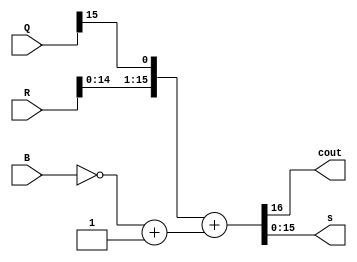
`timescale 1ns / 1ps
//////////////////////////////////////////////////////////////////////////////////
// Company: 
// Engineer: 
// 
// Design Name: 
// Module Name: adder
// Project Name: 
// Target Devices: 
// Tool Versions: 
// Description: 
// 
// Dependencies: 
// 
// Revision:
// Revision 0.01 - File Created
// Additional Comments:
// 
//////////////////////////////////////////////////////////////////////////////////


module adder(
    input [15:0]R,
    input [15:0]Q,
    input [15:0]B,
    output cout,
    output [15:0]s
    );
    
    wire [15:0]T = ~B + 1;   // This creates a two's complement of the 'B' input
    wire [16:0]sum;
    

    assign sum = {R[14:0], Q[15]} + T;    // Sum of the adder -- A + B
    assign {cout,s} = sum;  // The MSB of the sum is passed to the cout
                            // The rest of sum is passed to s, which is diff    
    
endmodule